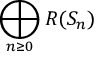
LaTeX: \bigoplus _ { n \geq 0 } R ( S _ { n } )